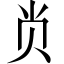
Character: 𭕆